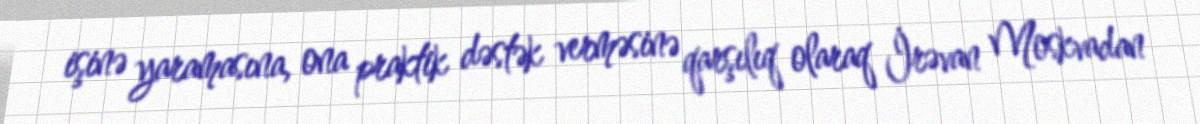
işinə yaramasına, ona praktik dəstək verməsinə qarşılıq olaraq İrəvan Moskvadan